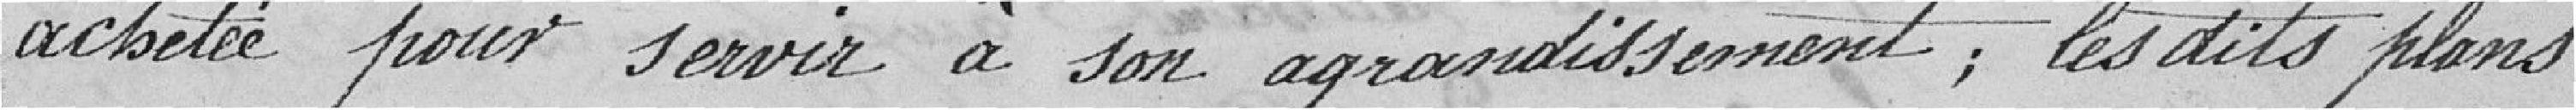
achetée pour servir à son agrandissement ; les dits plans